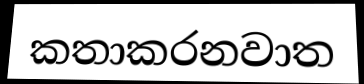
කතාකරනවාත